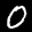
Label: 0